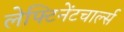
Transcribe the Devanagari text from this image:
लेफ्टिनेंटचार्ल्स